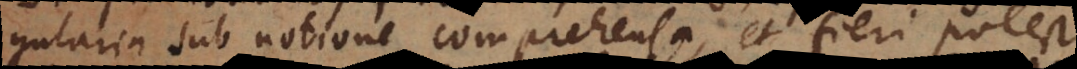
gularia sub notione comprehensa, et fieri potest